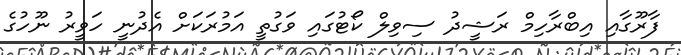
ފާރޫގާއި އިބްރާހިމް ރަޝީދު ސިވިލް ކޯޓުގައި ވަގުތީ އަމުރަކަށް އެދުނީ ހަވީރު ނޫހުގެ